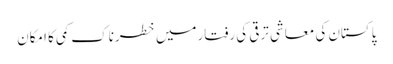
پاکستان کی معاشی ترقی کی رفتارمیں خطرناک کمی کا امکان